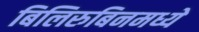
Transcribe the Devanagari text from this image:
बिलिरुबिनमध्ये